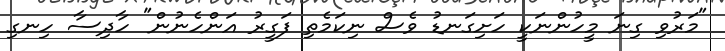
"މަރުވި ގިނަ މީހުންނަކީ ހަށިގަނޑު ވެސް ނިކަމެތި ފަގީރު އަންހެނުން" ހާދިސާ ހިނގި